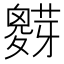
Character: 𱾷